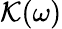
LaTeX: \mathcal K(\omega)